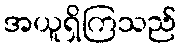
အယူရှိကြသည်